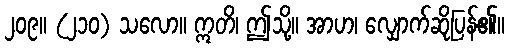
၂၀၉။ (၂၁၀) သလော။ ဣတိ၊ ဤသို့။ အာဟ၊ လျှောက်ဆိုပြန်၏။